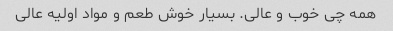
همه چی خوب و عالی. بسیار خوش طعم و مواد اولیه عالی